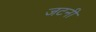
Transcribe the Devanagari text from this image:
जटनी